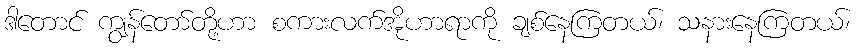
ဒါတောင် ကျွန်တော်တို့ဟာ စကားလက်အိုဟာရာကို ချစ်နေကြတယ်၊ သနားနေကြတယ်၊